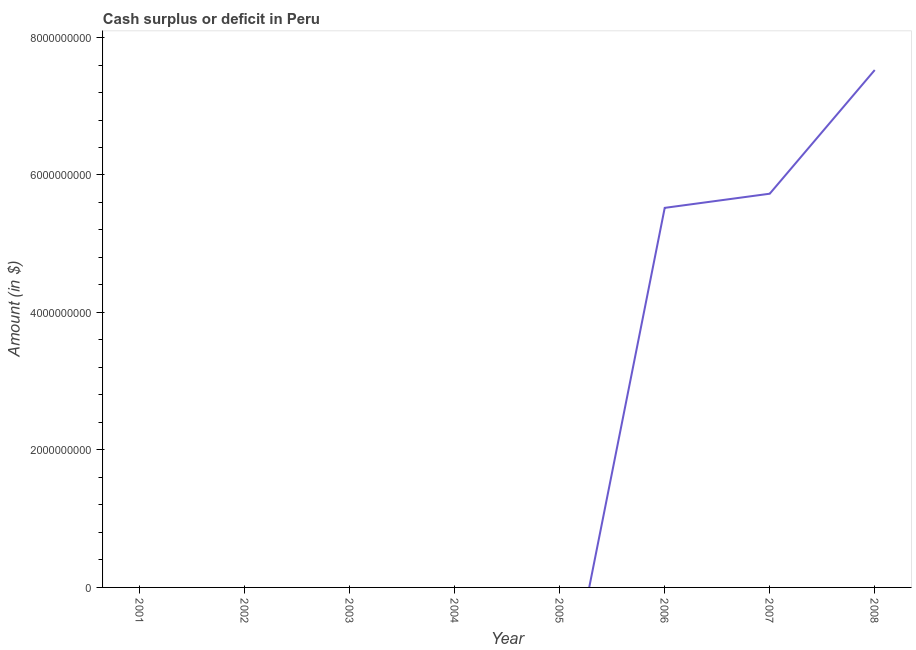
| Year | Cash surplus or deficit |
 | --- | --- |
 | 2001 | -3.88e+09 |
 | 2002 | -2.79e+09 |
 | 2003 | -3.58e+09 |
 | 2004 | -2.85e+09 |
 | 2005 | -2.16e+09 |
 | 2006 | 5.52e+09 |
 | 2007 | 5.73e+09 |
 | 2008 | 7.53e+09 |